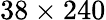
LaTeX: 38\times 240